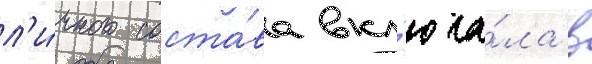
л'и́чного соста́ва вкл'юча́ла в